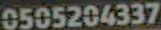
0505204337